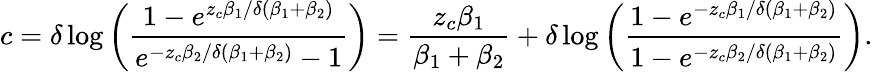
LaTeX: c=\delta\log{\left(\frac{1-e^{z_{c}\beta_{1}/\delta\left(\beta_{1}+\beta_{2}\right)}}{e^{-z_{c}\beta_{2}/\delta\left(\beta_{1}+\beta_{2}\right)}-1}\right)}=\frac{z_{c}\beta_{1}}{\beta_{1}+\beta_{2}}+\delta\log{\left(\frac{1-e^{-z_{c}\beta_{1}/\delta\left(\beta_{1}+\beta_{2}\right)}}{1-e^{-z_{c}\beta_{2}/\delta\left(\beta_{1}+\beta_{2}\right)}}\right)}.